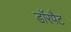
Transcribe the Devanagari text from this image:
डॉरपैट